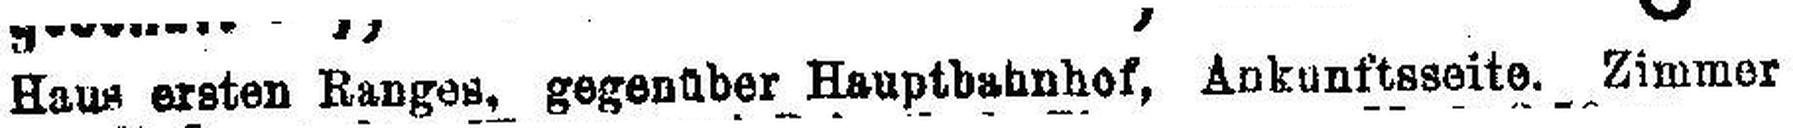
Haus ersten Ranges, gegenüber Hauptbahnhof, Ankunftsseite. Zimmer